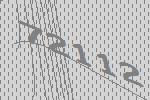
72112